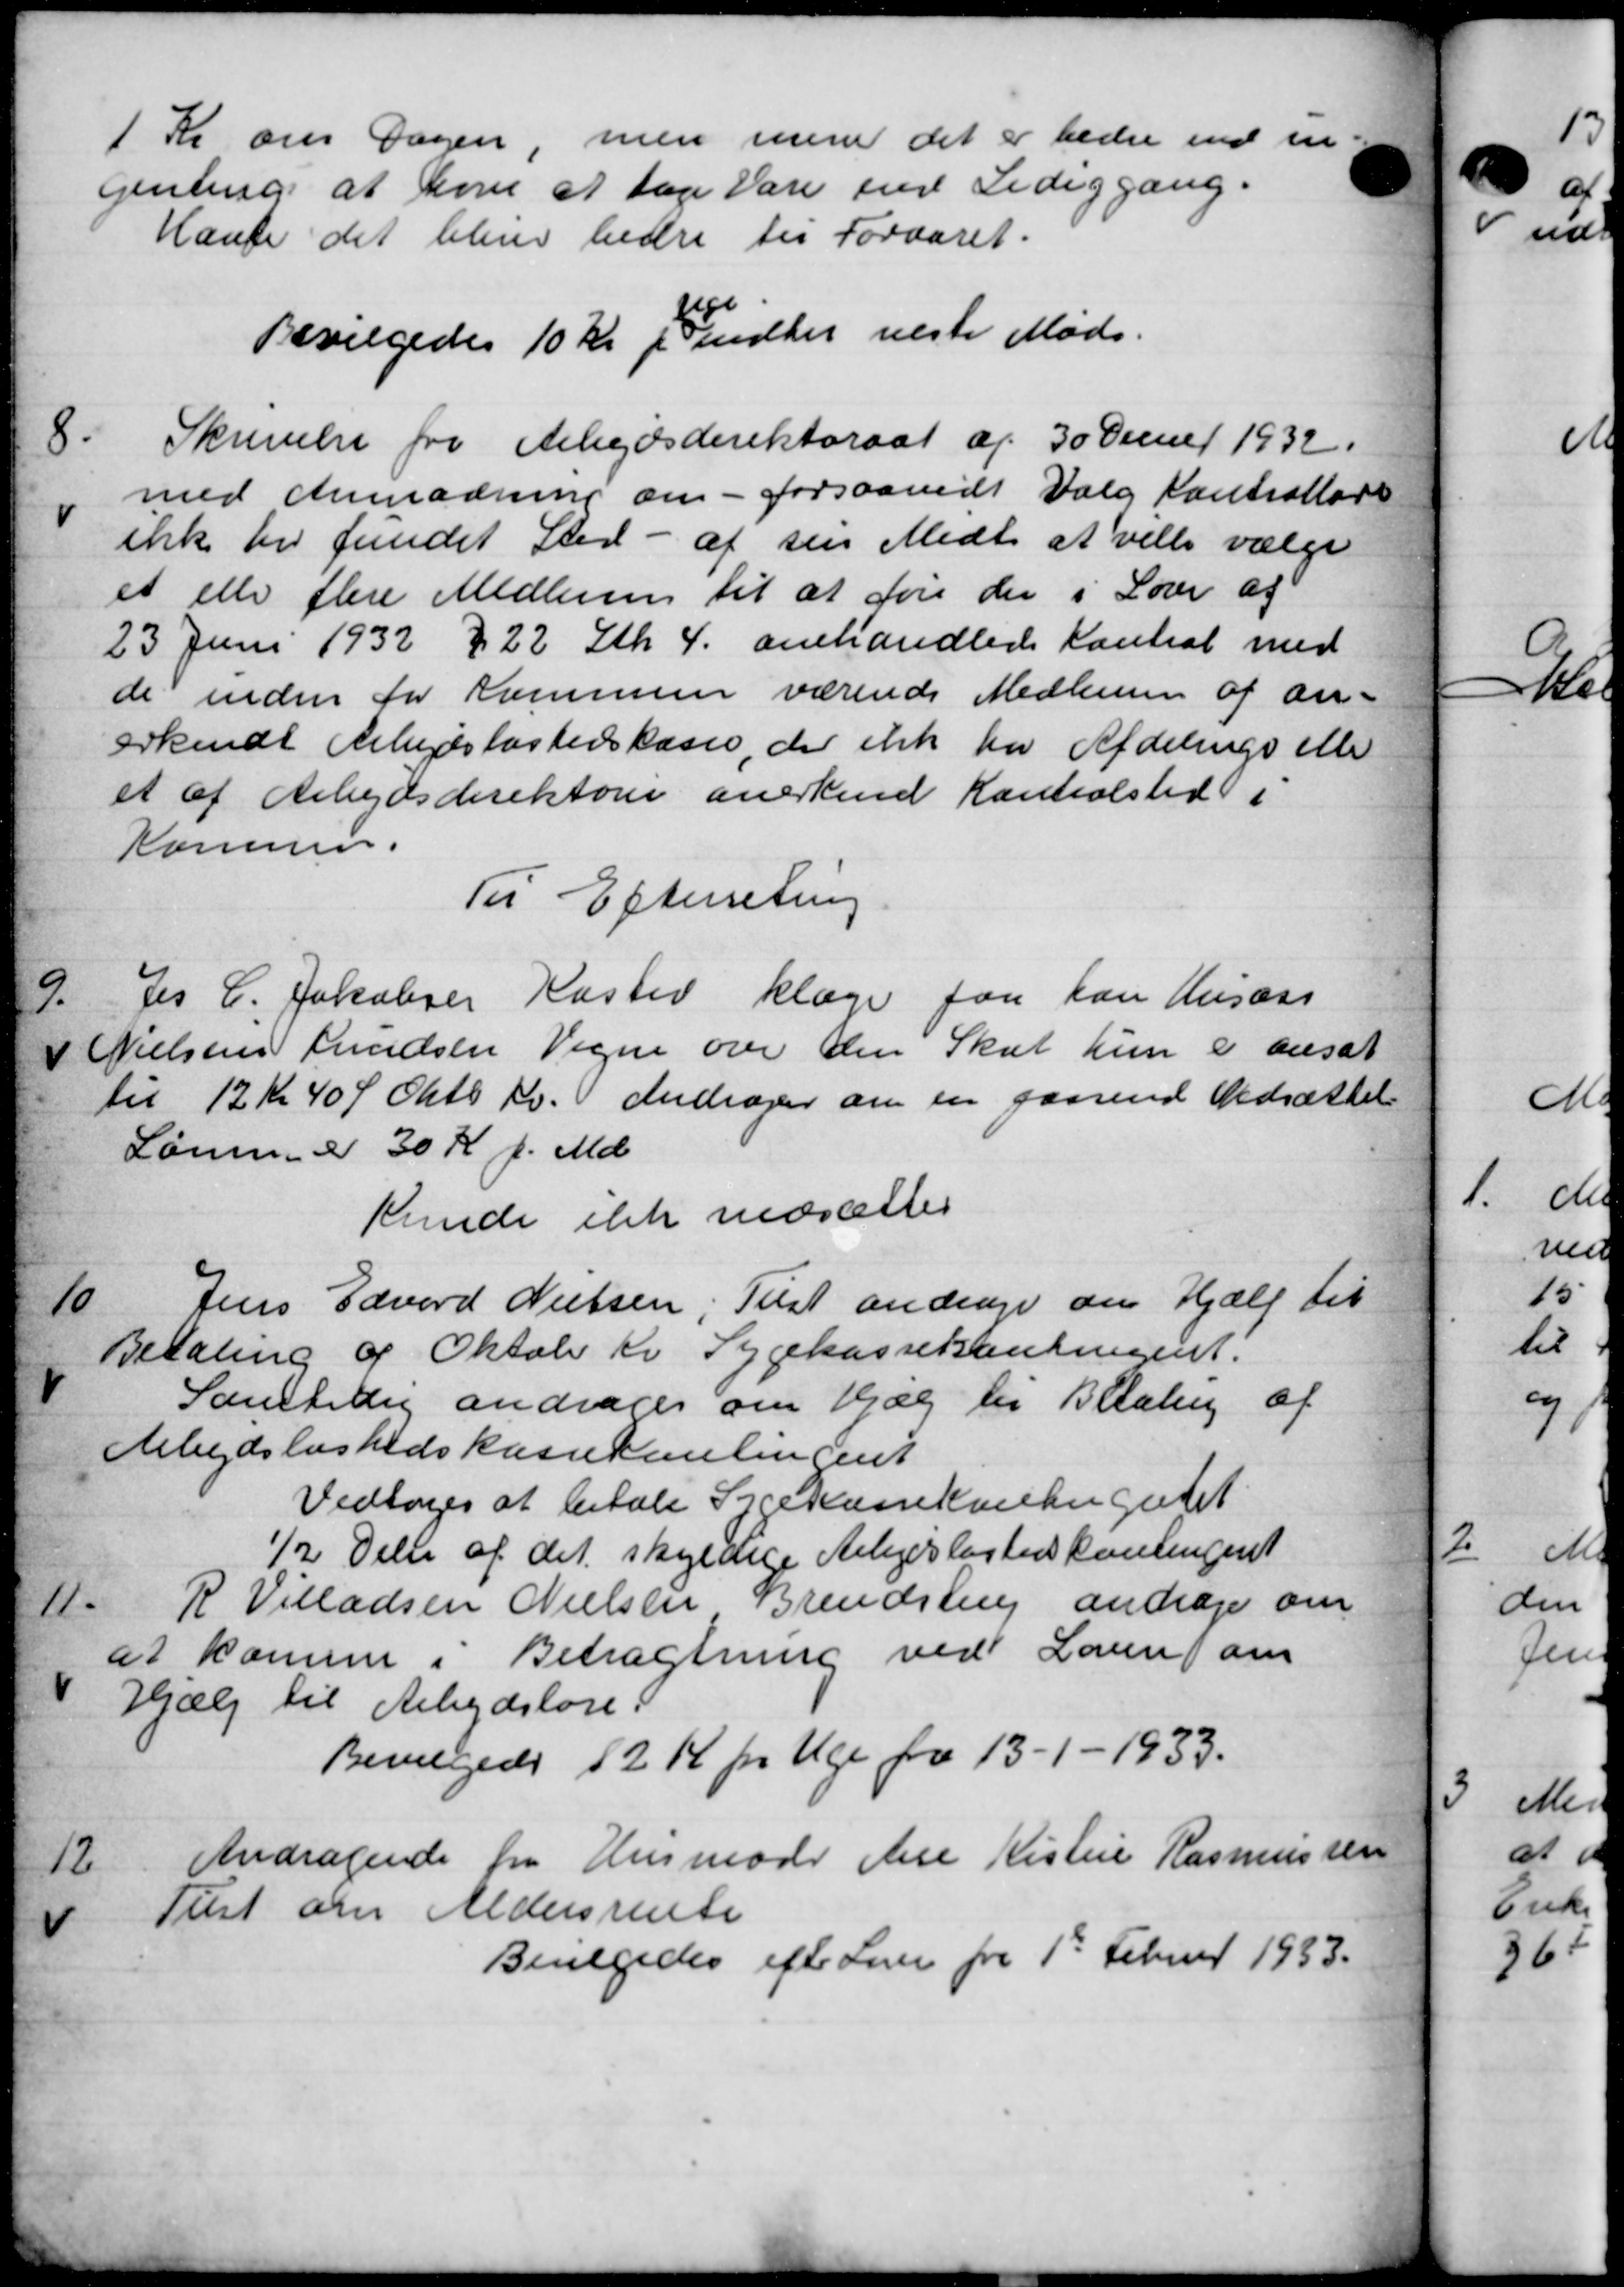
Transskription:
1 Kr om Sagen, men mere det er bedre end in
genting at have at tage vare med Lediggang.
Hanse det blive bedre til Foraaret.
Bevilgedes 10 Kr p Pindker næste Møde.
8
Skrivelse fra Arbejdsdirektorat af 30 Dennet 1932.
med Anmodning om - forsaavidt Valg Kontrolløre
ikke ber fundet Sted - af sin Midt at ville vælge
et elle flere Medlem til at føre der i Love af
23 Juni 1932 § 22 Stk 4. omhandlede Kontral med
de inden for Kommune værende Medlemmer af an-
erkendt Arbejdsløshedskasse, der ikke har Afdelings eller
et af Arbejdsdirektorer anerkend Kontrolsted i
Kommune.
Til Efterretning
9.
Jes C. Jakobsen Kaster klage faa han Husass
 Nielsens Knudsen Vegne over den Skat kun er ansat
til 12 Kr 40 Ø Oktb 1. Andrager om en gaaende Nedsættels
Lønnen er 30 K f. Md.
Kunde ikke nedsættes
10
Jens Edvard Nielsen, Tist andrager om Hjælp til
Betaling af Oktober Kr Sygekassekontingent.
Samtidig andrager om Hjælp til Betaling af
Arbejdsløshedskassesamlingent
Vedtoges at betale Sygekassekontingedet
½ delse af det skyldige Arbejdsløshedskontingent
11.
R. Villadsen Nielsen Brendstrup andrager om
at komme i Betragtning ved Lounom
Hjælp til Arbejdsløse
Bevilgedes 12 Kr pr. Uge fra 13 - 1 - 1933.
12
Andragende fra Husmode Ane Kisten Rasmussen
Tulst om Aldersrente
Bevilgedes efter Løn fra 1st Februar 1933.